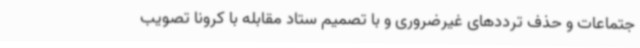
جتماعات و حذف ترددهای غیرضروری و با تصمیم ستاد مقابله با کرونا تصویب